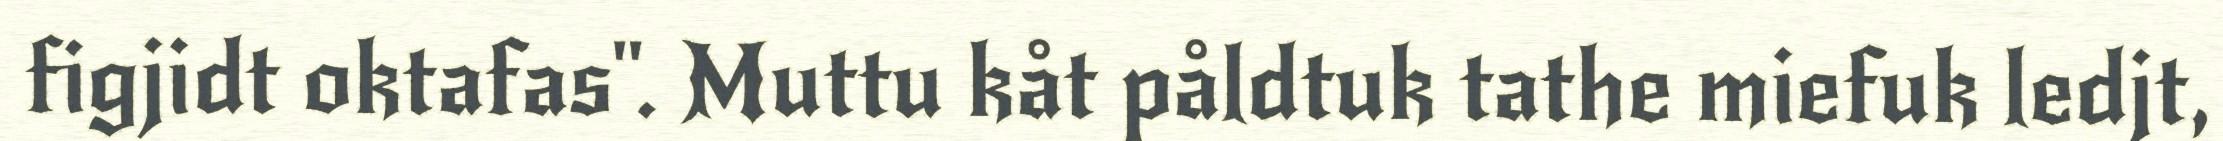
figjidt oktafas". Muttu kåt påldtuk tathe miefuk ledjt,